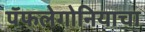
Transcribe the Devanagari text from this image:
पॅफलेगोनियाचा